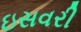
ઇસવરી